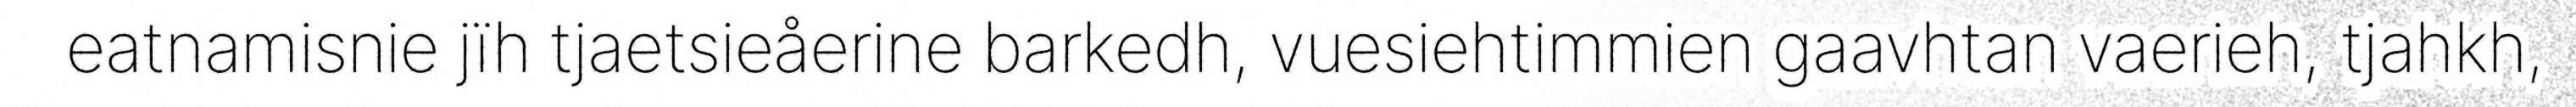
eatnamisnie jïh tjaetsieåerine barkedh, vuesiehtimmien gaavhtan vaerieh, tjahkh,